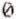
0